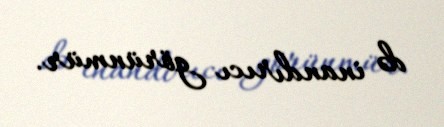
də inandırıcı görünmür.